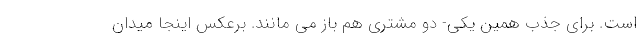
است. برای جذب همین یکی- دو مشتری هم باز می مانند. برعکس اینجا میدان